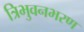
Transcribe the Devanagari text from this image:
त्रिभुवनभरण